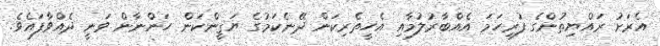
އެރަށު ރައްޔިތުންގެ ފުރިހަމަ އެއްބާރުލުމާއި އެހީތެރިކަން ދޭނެކަމުގެ ޔަޤީންކަން ހަންނާން ވަނީ ދެއްވާފައެވެ.